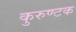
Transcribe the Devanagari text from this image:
कुरुण्टक